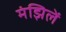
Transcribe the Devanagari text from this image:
मंझिलें